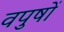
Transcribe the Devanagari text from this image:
वपुषों